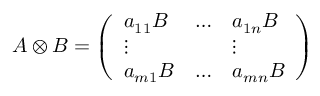
A \otimes B = \left( \begin{array} { l l l } { a _ { 1 1 } B } & { \ldots } & { a _ { 1 n } B } \\ { \vdots } & { } & { \vdots } \\ { a _ { m 1 } B } & { \ldots } & { a _ { m n } B } \end{array} \right)